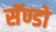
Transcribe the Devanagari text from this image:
सॅण्डो